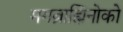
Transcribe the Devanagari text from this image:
मगब्राह्मिनोको